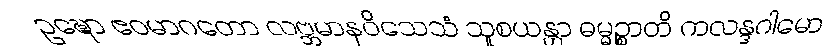
ဥဍ္ဎော ဧဝမာဂတော လဗ္ဘမာနဝိသေသံ သူစယန္တာ ဓမ္မဉ္စာတိ ကလန္ဒဂါမော